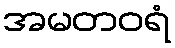
အမတဝရံ